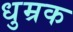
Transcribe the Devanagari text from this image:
धुम्रक